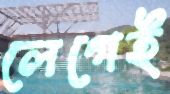
লেগেই